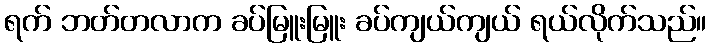
ရက် ဘတ်တလာက ခပ်မြူးမြူး ခပ်ကျယ်ကျယ် ရယ်လိုက်သည်။